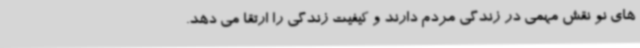
های نو نقش مهمی در زندگی مردم دارند و کیفیت زندگی را ارتقا می دهد.